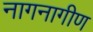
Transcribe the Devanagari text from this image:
नागनागीण